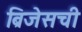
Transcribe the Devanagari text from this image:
ब्रिजेसची